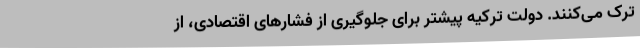
ترک می‌کنند. دولت ترکیه پیشتر برای جلوگیری از فشارهای اقتصادی، از